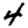
Digit: 4